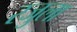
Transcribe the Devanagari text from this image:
रजुला